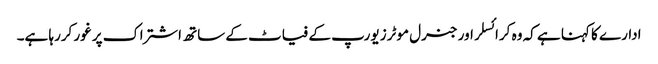
ادارے کا کہنا ہے کہ وہ کرائسلر اور جنرل موٹرز یورپ کے فیاٹ کے ساتھ اشتراک پر غور کررہا ہے۔